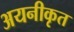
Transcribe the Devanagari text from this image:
अयनीकृत